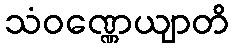
သံဝဏ္ဏေယျာတိ